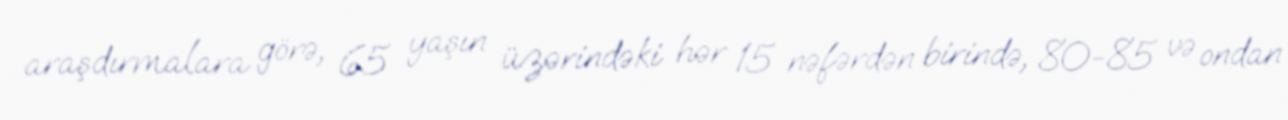
araşdırmalara görə, 65 yaşın üzərindəki hər 15 nəfərdən birində, 80-85 və ondan